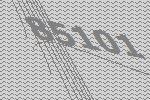
85101